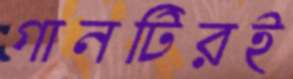
গানটিরই